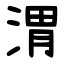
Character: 渭